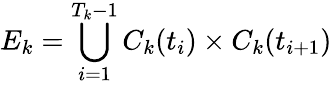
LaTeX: E_{k}=\bigcup_{i=1}^{T_{k}-1}C_{k}(t_{i})\times C_{k}(t_{i+1})